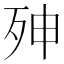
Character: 𭮇